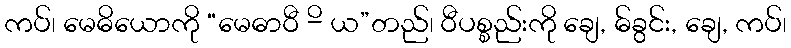
ကပ်၊ မေဓိယောကို “မေဓာဝီ -ိ ယ”တည်၊ ဝီပစ္စည်းကို ချေ, ဓ်ခွင်း, ချေ, ကပ်၊